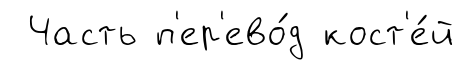
Часть п'ер'ево́д кост'е́й